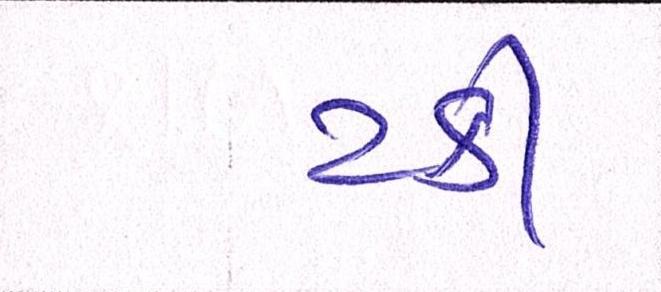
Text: ટકી